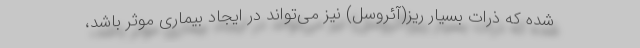
شده که ذرات بسیار ریز(آئروسل) نیز می‌تواند در ایجاد بیماری موثر باشد،